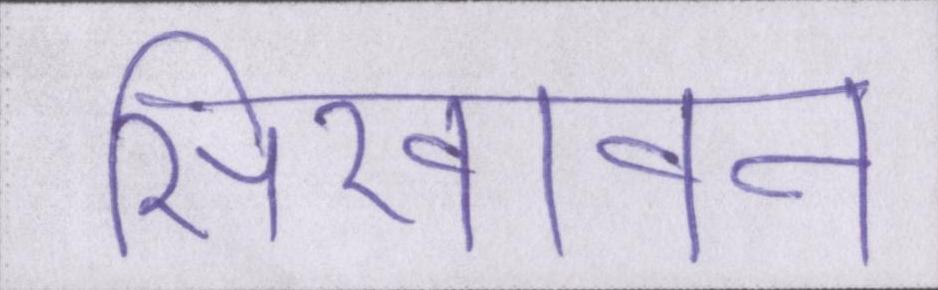
सिखावन